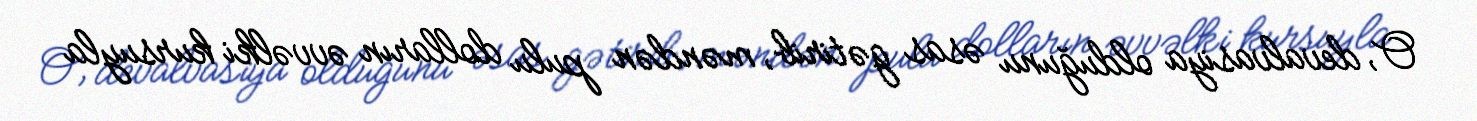
O, devalvasiya olduğunu əsas gətirib, məndən pulu dolların əvvəlki kursuyla